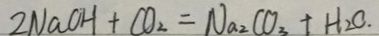
2 N a O H + C O _ { 2 } = N a _ { 2 } C O _ { 3 } + H _ { 2 } O .